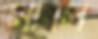
মার্সি